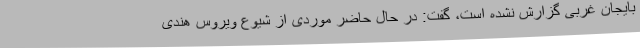
بایجان غربی گزارش نشده است، گفت: در حال حاضر موردی از شیوع ویروس هندی